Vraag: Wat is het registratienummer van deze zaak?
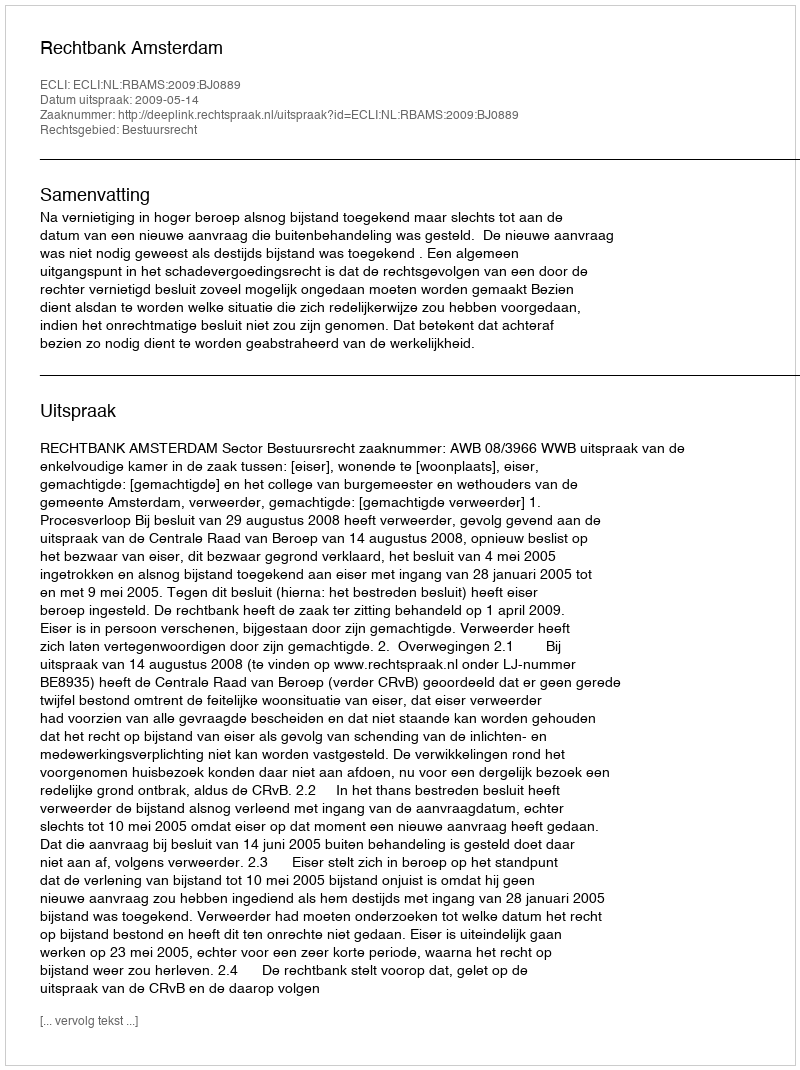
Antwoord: http://deeplink.rechtspraak.nl/uitspraak?id=ECLI:NL:RBAMS:2009:BJ0889